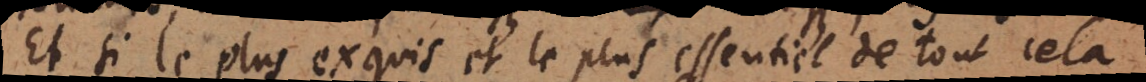
Et si le plus exquis et le plus essentiel de tout cela